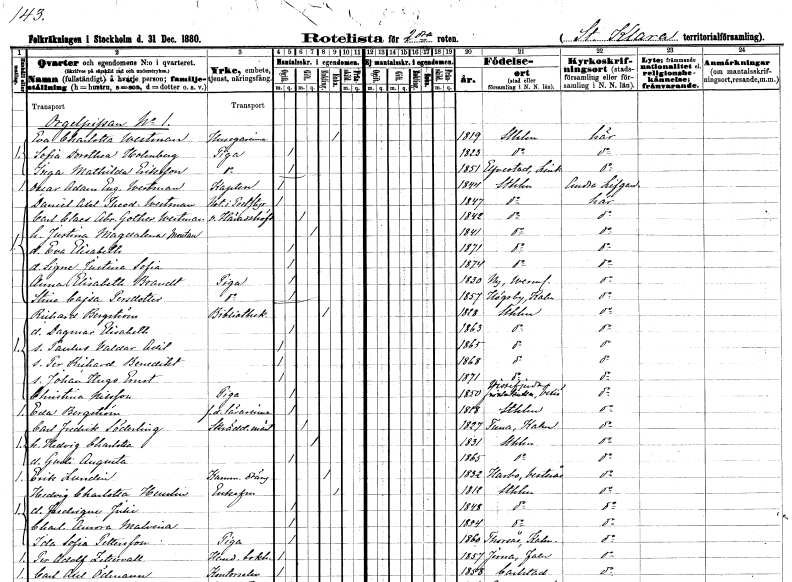
gt_parse: households: individuals: FN: Eva Charlotta
EN: Westman
YRKE: Husägarinna
KON: K
CIV: E
FODAR: 1819
FODFORS: Stockholm
FN: Sofia Dorothea
EN: Holmberg
YRKE: Piga
KON: K
CIV: O
FODAR: 1823
FODFORS: Stockholm
FN: Inga Mathilda
EN: Eriksson
YRKE: Piga
KON: K
CIV: O
FODAR: 1851
FODFORS: Älvestad Östergötlands län
FN: Oscar Adam Eugén
EN: Westman
YRKE: Kapten
KON: M
CIV: O
FODAR: 1844
FODFORS: Stockholm
FN: Daniel Axel Theodor
EN: Westman
YRKE: Notarie i Poststyrelse
KON: M
CIV: O
FODAR: 1847
FODFORS: Stockholm
FN: Carl Claes Abraham
EN: Gother Westman
YRKE: Häradshövding vice
KON: M
CIV: G
FODAR: 1842
FODFORS: Stockholm
FN: Justina Magdalena
EN: Montan
KON: K
CIV: G
FODAR: 1841
FODFORS: Stockholm
FN: Eva Elisabeth
KON: K
CIV: O
FODAR: 1871
FODFORS: Stockholm
FN: Signe Justina Sofia
KON: K
CIV: O
FODAR: 1874
FODFORS: Stockholm
FN: Anna Elisabeth
EN: Brandt
YRKE: Piga
KON: K
CIV: O
FODAR: 1830
FODFORS: Ny Värmlands län
FN: Stina Cajsa
EN: Persdotter
YRKE: Piga
KON: K
CIV: O
FODAR: 1857
FODFORS: Högsby Kalmar län
FN: Richard
EN: Bergström
YRKE: Bibliotekarie
KON: M
CIV: E
FODAR: 1828
FODFORS: Stockholm
FN: Dagmar Elisabeth
KON: K
CIV: O
FODAR: 1863
FODFORS: Stockholm
FN: Paulus Valdar Adil
KON: M
CIV: O
FODAR: 1865
FODFORS: Stockholm
FN: Per Richard Benedikt
KON: M
CIV: O
FODAR: 1868
FODFORS: Stockholm
FN: Johan Hugo Ernst
KON: M
CIV: O
FODAR: 1871
FODFORS: Stockholm
FN: Christina
EN: Nilsson
YRKE: Piga
KON: K
CIV: O
FODAR: 1850
FODFORS: Vissefjärda Kalmar län
FN: Eda
EN: Bergström
YRKE: Lärarinna f.d.
KON: K
CIV: O
FODAR: 1818
FODFORS: Stockholm
FN: Carl Fredrik
EN: Söderling
YRKE: Skräddarmästare
KON: M
CIV: G
FODAR: 1827
FODFORS: Tuna Kalmar län
FN: Hedvig Charlotta
KON: K
CIV: G
FODAR: 1831
FODFORS: Stockholm
FN: Gurli Augusta
KON: K
CIV: O
FODAR: 1865
FODFORS: Stockholm
FN: Erik
EN: Lundin
YRKE: Kammardräng
KON: M
CIV: E
FODAR: 1832
FODFORS: Harbo Västmanlands län
FN: Hedvig Charlotta
EN: Heurlin
KON: K
CIV: E
FODAR: 1812
FODFORS: Stockholm
FN: Fredrique Julie
KON: K
CIV: O
FODAR: 1848
FODFORS: Stockholm
FN: Charlotta Aurora Malvina
KON: K
CIV: O
FODAR: 1854
FODFORS: Stockholm
FN: Ida Sofia
EN: Pettersson
YRKE: Piga
KON: K
CIV: O
FODAR: 1860
FODFORS: Torsås Kalmar län